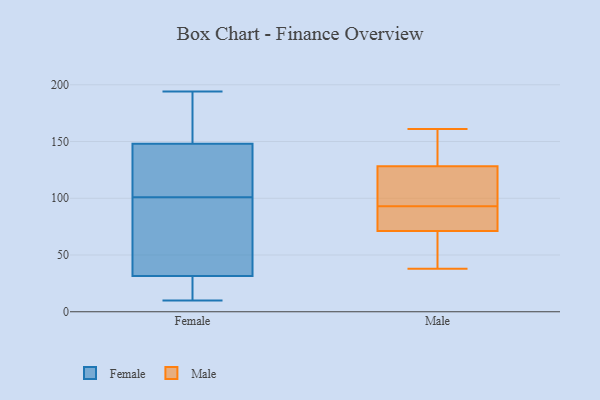
{"axis": {"x": "Conversion Rate (%)", "y": "Value"}, "legend": ["Female", "Male"], "data": [{"x": "", "y": 121, "type": "Female"}, {"x": "", "y": 143, "type": "Female"}, {"x": "", "y": 154, "type": "Female"}, {"x": "", "y": 33, "type": "Female"}, {"x": "", "y": 27, "type": "Female"}, {"x": "", "y": 194, "type": "Female"}, {"x": "", "y": 10, "type": "Female"}, {"x": "", "y": 15, "type": "Female"}, {"x": "", "y": 11, "type": "Female"}, {"x": "", "y": 188, "type": "Female"}, {"x": "", "y": 101, "type": "Female"}, {"x": "", "y": 67, "type": "Female"}, {"x": "", "y": 96, "type": "Female"}, {"x": "", "y": 146, "type": "Female"}, {"x": "", "y": 158, "type": "Female"}, {"x": "", "y": 128, "type": "Female"}, {"x": "", "y": 48, "type": "Female"}, {"x": "", "y": 91, "type": "Male"}, {"x": "", "y": 38, "type": "Male"}, {"x": "", "y": 44, "type": "Male"}, {"x": "", "y": 84, "type": "Male"}, {"x": "", "y": 153, "type": "Male"}, {"x": "", "y": 132, "type": "Male"}, {"x": "", "y": 67, "type": "Male"}, {"x": "", "y": 93, "type": "Male"}, {"x": "", "y": 161, "type": "Male"}, {"x": "", "y": 117, "type": "Male"}, {"x": "", "y": 105, "type": "Male"}]}